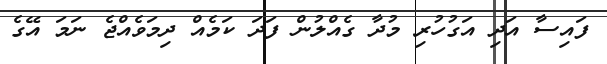
ފައިސާ އަދި އަގުހުރި މުދާ ގެއްލުން ފަދަ ކަމެއް ދިމަވެއްޖެ ނަމަ އޭގެ